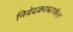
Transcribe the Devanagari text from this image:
निवेदकामार्फत